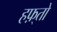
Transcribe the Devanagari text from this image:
हफ़्तो